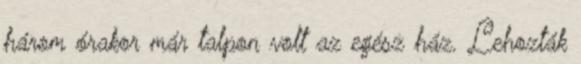
három órakor már talpon volt az egész ház. Lehozták